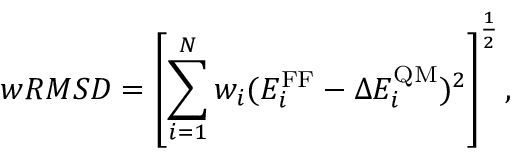
w R M S D = \left[ \sum _ { i = 1 } ^ { N } w _ { i } ( E _ { i } ^ { \mathrm { F F } } - \Delta E _ { i } ^ { \mathrm { Q M } } ) ^ { 2 } \right] ^ { \frac { 1 } { 2 } } ,